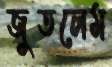
জুতলেম